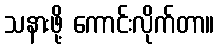
သနားဖို့ ကောင်းလိုက်တာ။